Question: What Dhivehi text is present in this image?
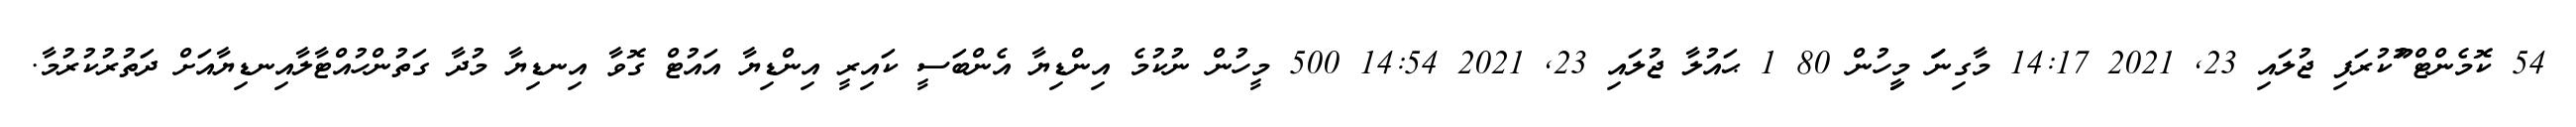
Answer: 54 ކޮމެންޓް ޫުކުރަފި ޖުލައި 23, 2021 14:17 މާގިނަަަ މިިީހުން 80 1 ޙައުލާ ޖުލައި 23, 2021 14:54 500 މީހުން ނުކުމެ އިންޑިޔާ އެންބަސީ ކައިރީ އިންޑިޔާ އައުޓް ގޮވާ އިނޑިޔާ މުދާ ގަތުންހުއްޓާލާއިނޑިޔާއަށް ދަތުރުކުރުމާ.